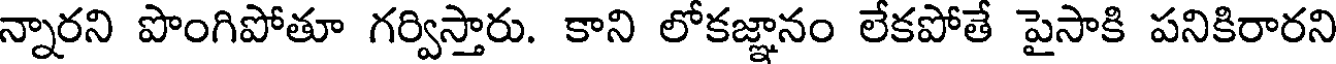
న్నారని పొంగిపోతూ గర్విస్తారు. కాని లోకజ్ఞానం లేకపోతే పైసాకి పనికిరారని